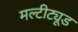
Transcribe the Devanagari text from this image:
मल्टीट्यूड